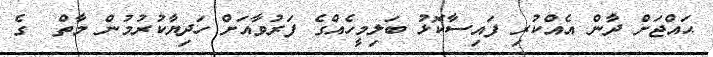
ޙައްޖަށް ދާން އެއްކުރި ފައިސާކޮޅު ބަލިމީހެއްގެ ފަރުވާއަށް ހަދިޔާކުރުމުން މާތް  ގެ